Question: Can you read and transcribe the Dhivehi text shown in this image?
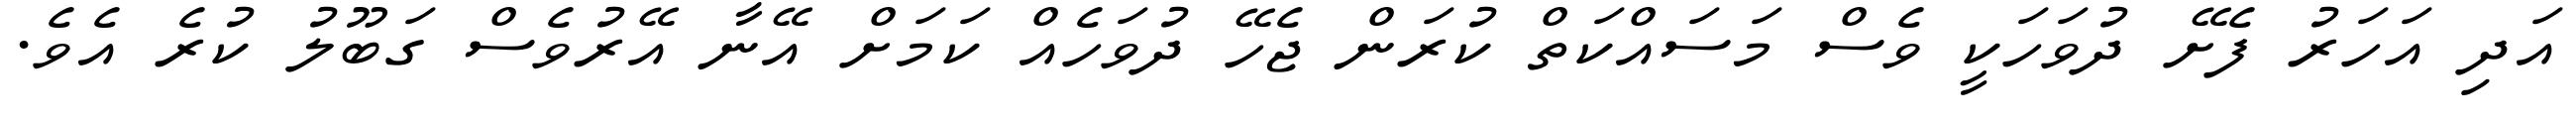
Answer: އަދި އަހަރު ފެށޭ ދުވަހަކީ ވެސް މަސައްކަތް ކުރަން ޖެހޭ ދުވަހެއް ކަމަށް އޭނާ އޭރުވެސް ގަބޫލު ކުރެ އެވެ.